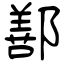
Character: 鄯